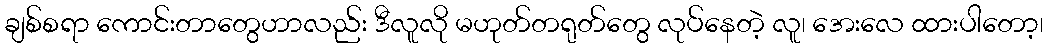
ချစ်စရာ ကောင်းတာတွေဟာလည်း ဒီလူလို မဟုတ်တရုတ်တွေ လုပ်နေတဲ့ လူ၊ အေးလေ ထားပါတော့၊